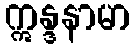
ဣန္ဒနာမာ